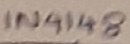
Text: IN4148